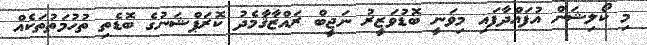
މި ކޯލިޝަން އުފައްދާފައި މިވަނީ ބޮޑުވަޒީރު ނަޖީބް ރައްޒާޤާމެދު ކޮރަޕްޝަނުގެ ބޮޑެތި ތުހުމަތުތަކެއް